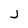
Character: J